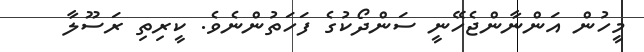
މީހުން އަންނާންޖެހޭނީ ސަންދޯކުގެ ފަހަތުންނެވެ. ކީރިތި ރަސޫލާ